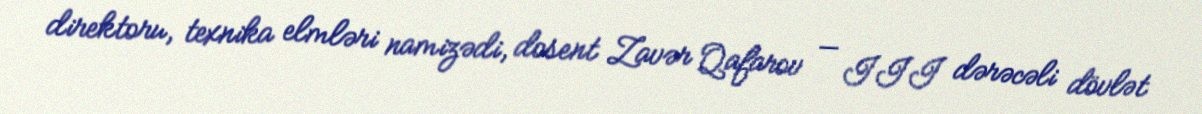
direktoru, texnika elmləri namizədi, dosent Zavər Qafarov — III dərəcəli dövlət